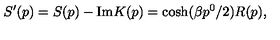
S ^ { \prime } ( p ) = S ( p ) - \mathrm { I m } K ( p ) = \cosh ( \beta p ^ { 0 } / 2 ) R ( p ) ,